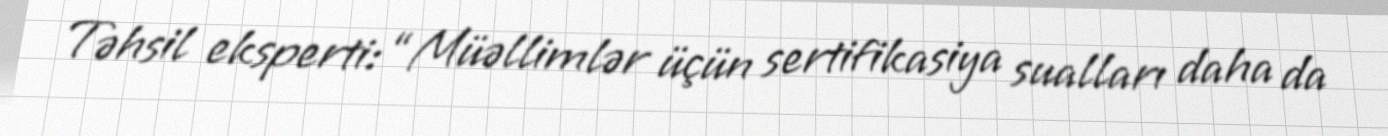
Təhsil eksperti: “Müəllimlər üçün sertifikasiya sualları daha da